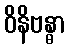
ဝိနိဗန္ဓာ